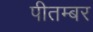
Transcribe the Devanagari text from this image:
पीतम्बर